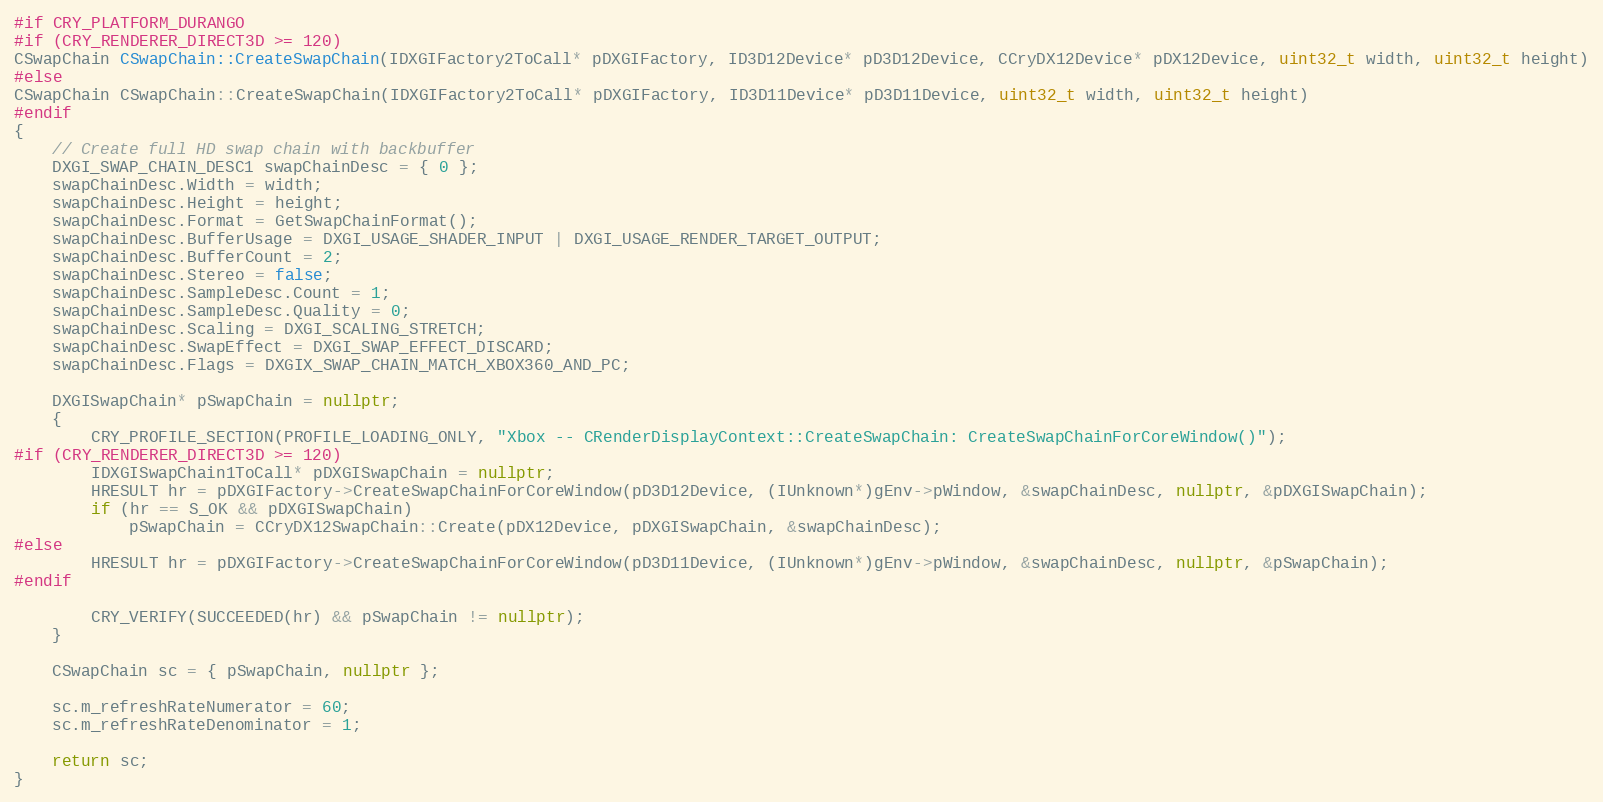
Language: C++
#if CRY_PLATFORM_DURANGO
#if (CRY_RENDERER_DIRECT3D >= 120)
CSwapChain CSwapChain::CreateSwapChain(IDXGIFactory2ToCall* pDXGIFactory, ID3D12Device* pD3D12Device, CCryDX12Device* pDX12Device, uint32_t width, uint32_t height)
#else
CSwapChain CSwapChain::CreateSwapChain(IDXGIFactory2ToCall* pDXGIFactory, ID3D11Device* pD3D11Device, uint32_t width, uint32_t height)
#endif
{
	// Create full HD swap chain with backbuffer
	DXGI_SWAP_CHAIN_DESC1 swapChainDesc = { 0 };
	swapChainDesc.Width = width;
	swapChainDesc.Height = height;
	swapChainDesc.Format = GetSwapChainFormat();
	swapChainDesc.BufferUsage = DXGI_USAGE_SHADER_INPUT | DXGI_USAGE_RENDER_TARGET_OUTPUT;
	swapChainDesc.BufferCount = 2;
	swapChainDesc.Stereo = false;
	swapChainDesc.SampleDesc.Count = 1;
	swapChainDesc.SampleDesc.Quality = 0;
	swapChainDesc.Scaling = DXGI_SCALING_STRETCH;
	swapChainDesc.SwapEffect = DXGI_SWAP_EFFECT_DISCARD;
	swapChainDesc.Flags = DXGIX_SWAP_CHAIN_MATCH_XBOX360_AND_PC;

	DXGISwapChain* pSwapChain = nullptr;
	{
		CRY_PROFILE_SECTION(PROFILE_LOADING_ONLY, "Xbox -- CRenderDisplayContext::CreateSwapChain: CreateSwapChainForCoreWindow()");
#if (CRY_RENDERER_DIRECT3D >= 120)
		IDXGISwapChain1ToCall* pDXGISwapChain = nullptr;
		HRESULT hr = pDXGIFactory->CreateSwapChainForCoreWindow(pD3D12Device, (IUnknown*)gEnv->pWindow, &swapChainDesc, nullptr, &pDXGISwapChain);
		if (hr == S_OK && pDXGISwapChain)
			pSwapChain = CCryDX12SwapChain::Create(pDX12Device, pDXGISwapChain, &swapChainDesc);
#else
		HRESULT hr = pDXGIFactory->CreateSwapChainForCoreWindow(pD3D11Device, (IUnknown*)gEnv->pWindow, &swapChainDesc, nullptr, &pSwapChain);
#endif

		CRY_VERIFY(SUCCEEDED(hr) && pSwapChain != nullptr);
	}

	CSwapChain sc = { pSwapChain, nullptr };

	sc.m_refreshRateNumerator = 60;
	sc.m_refreshRateDenominator = 1;

	return sc;
}